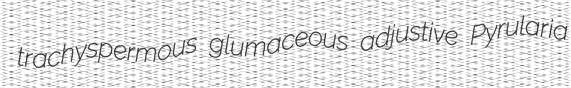
trachyspermous glumaceous adjustive Pyrularia